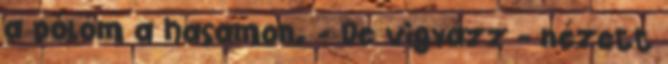
a pólóm a hasamon. - De vigyázz - nézett